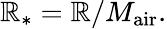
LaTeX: \mathbb{R}_{*}=\mathbb{R}/M_{\mathrm{{air}}}.